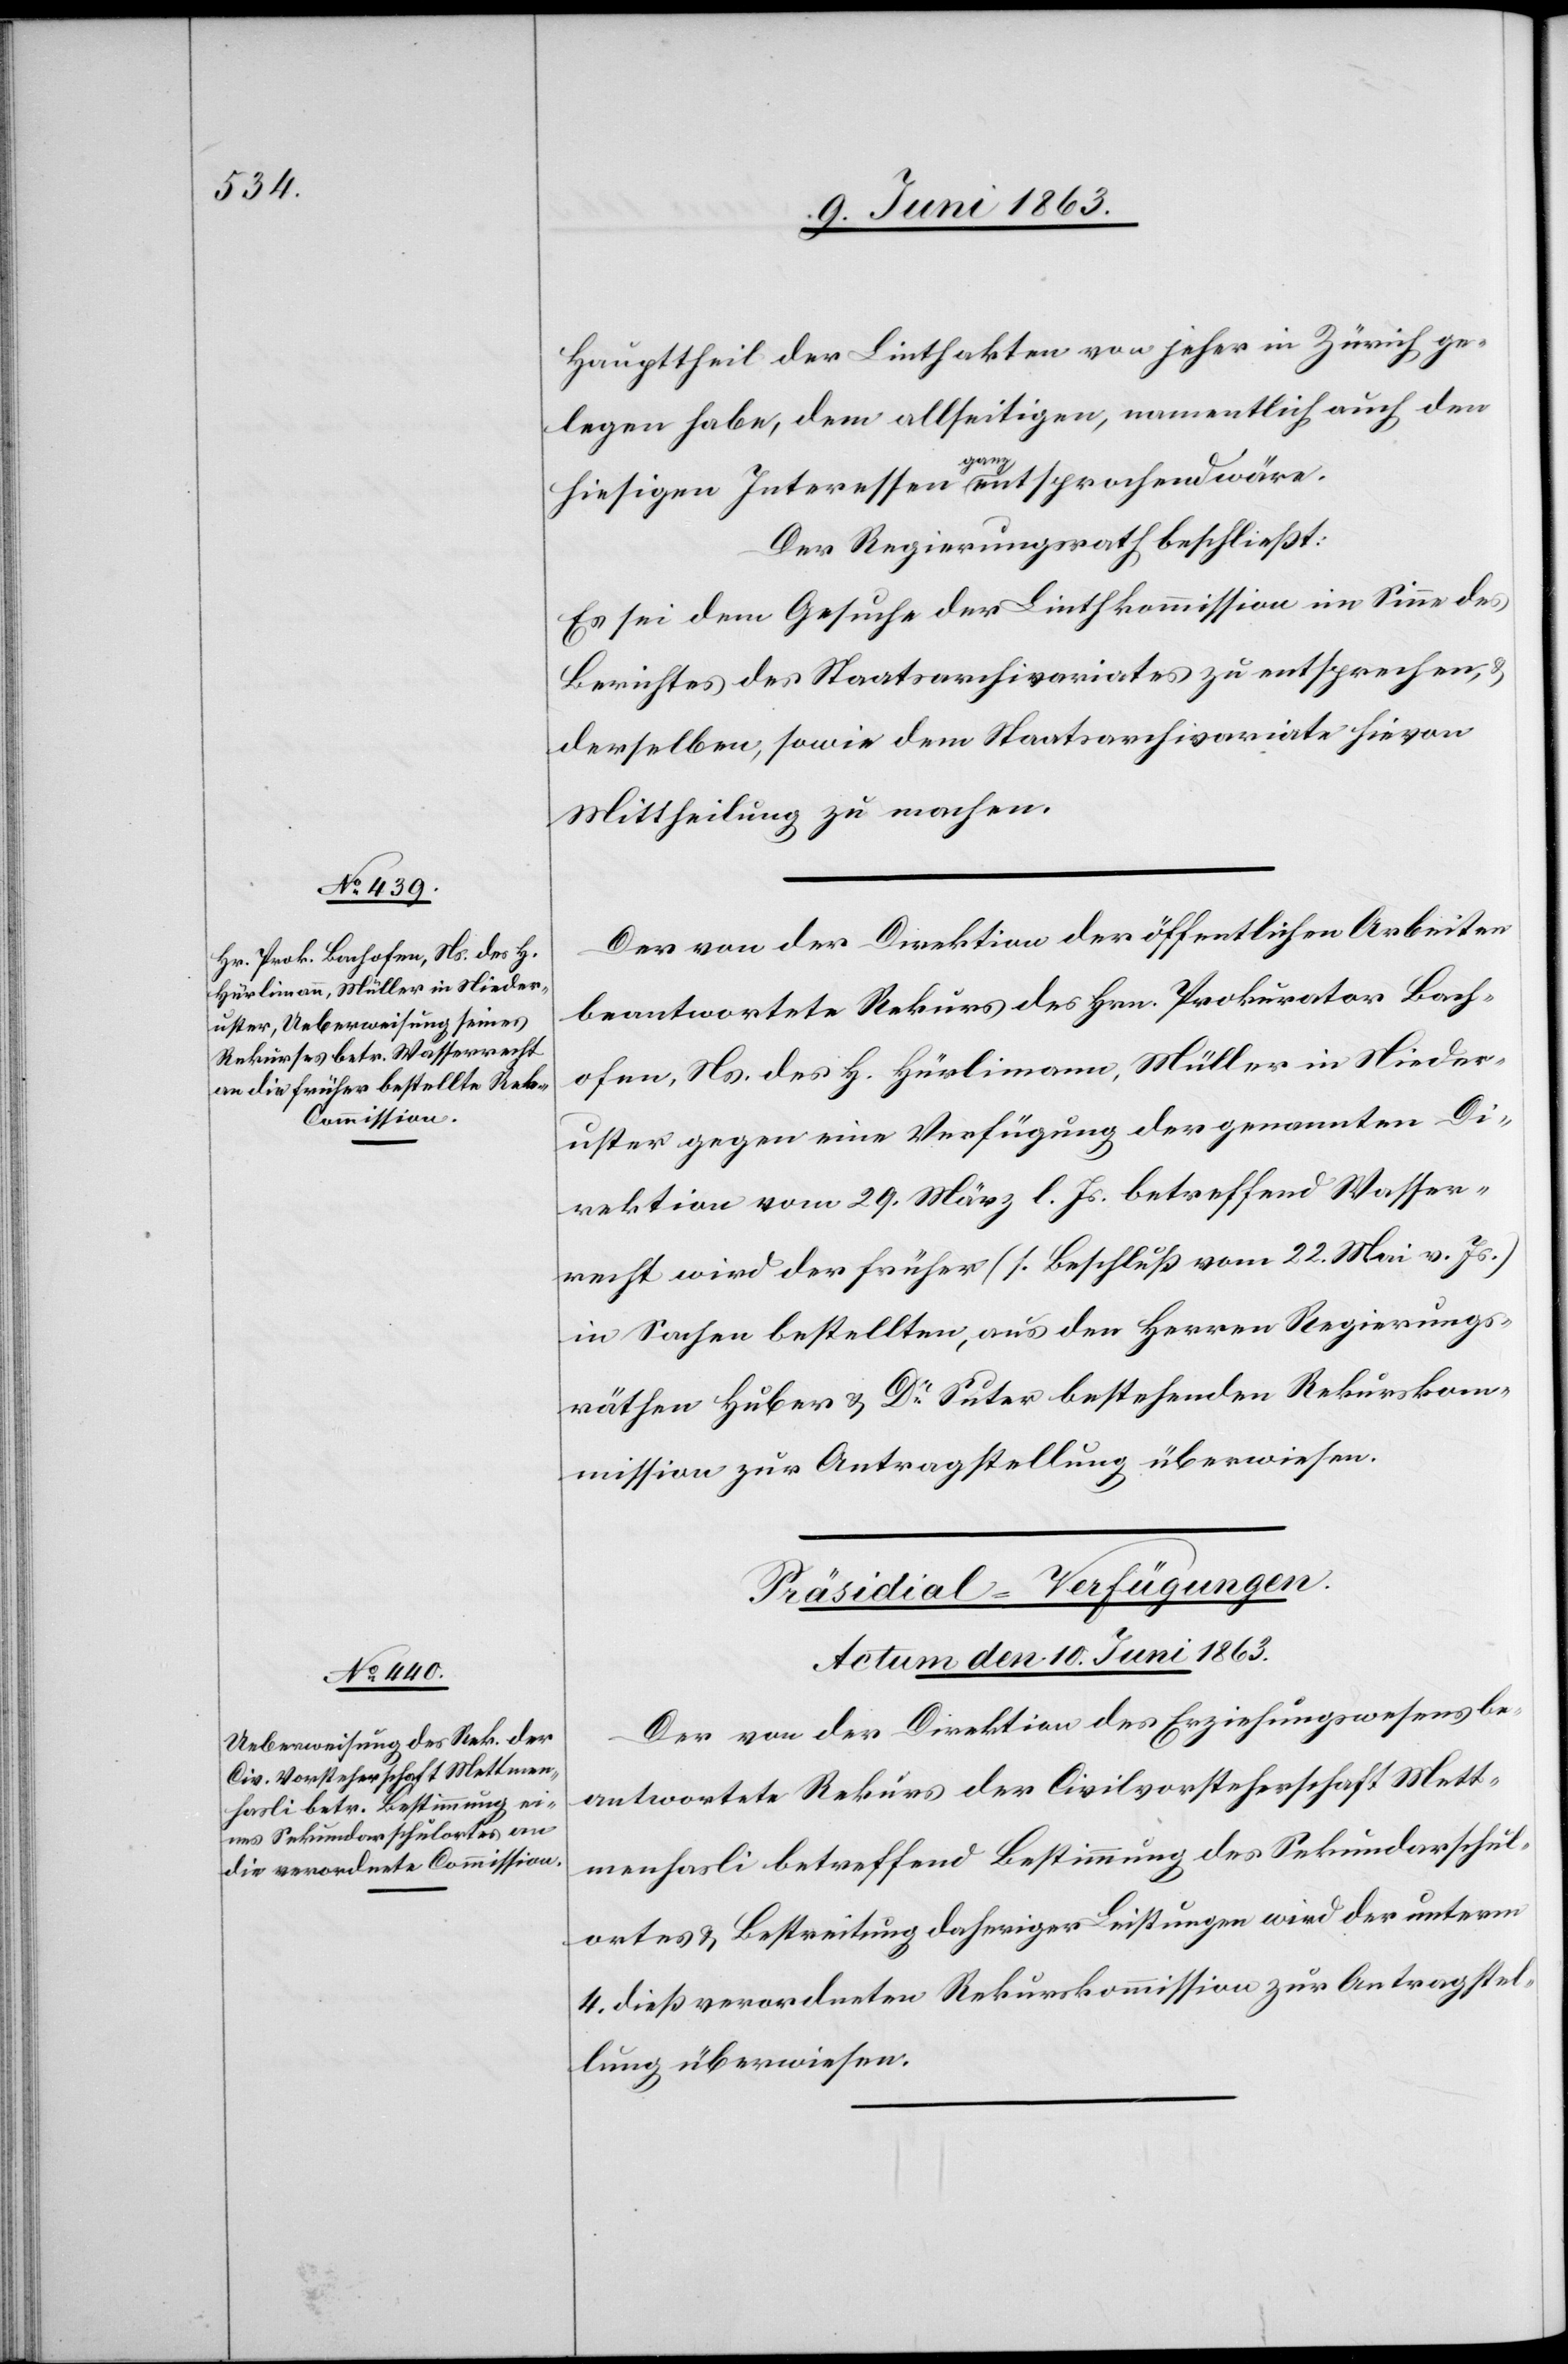
Haupttheil der Linthakten von jeher in Zürich ge¬
legen habe, dem allseitigen, namentlich auch den
hiesigen Interessen ganz entsprochend [sic!] wäre.
Der Regierungsrath beschließt:
Es sei dem Gesuche der Linthkommission im Sinne des
Berichtes des Staatsarchivariates zu entsprechen, &
derselben, sowie dem Staatsarchivariate hievon
Mittheilung zu machen.
Der von der Direktion der öffentlichen Arbeiten
beantwortete Rekurs des Hrn. Prokurator Bach¬
ofen, Ns. des H. Hürlimann, Müller in Nieder¬
uster gegen eine Verfügung der genannten Di¬
rektion vom 29. März l. Js. betreffend Wasser¬
recht wird der früher (s. Beschluß vom 22. Mai v. Js.)
in Sachen bestellten, aus den Herren Regierungs¬
räthen Huber & Dr Suter bestehenden Rekurskom¬
mission zur Antragstellung überwiesen.
Präsidial-Verfügungen.
Actum den 10. Juni 1863.
Der von der Direktion des Erziehungswesens be¬
antwortete Rekurs der Civilvorsteherschaft Mett¬
menhasli betreffend Bestimmung des Sekundarschul¬
ortes & Bestreitung daheriger Leistungen wird der unterm
4. dieß verordneten Rekurskommission zur Antragstel¬
lung überwiesen.